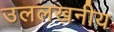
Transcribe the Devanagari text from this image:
उललखनीय